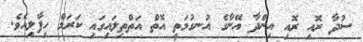
ސުދާ ރޮއި ރޮއި އިންދާ އޭނާގެ އުނގުމަތީ އޮތް އަތްތިލައިގައި ކަރަމް ހިފާލިއެވެ.